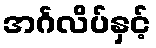
အင်္ဂလိပ်နှင့်